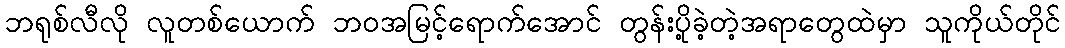
ဘရုစ်လီလို လူတစ်ယောက် ဘဝအမြင့်ရောက်အောင် တွန်းပို့ခဲ့တဲ့အရာတွေထဲမှာ သူကိုယ်တိုင်